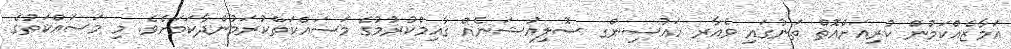
އަމާޒެއްކަމުން ކުރިއަށްއޮތް ތަނުގައި ވެއާރ ހައުސިންގ ސޮލިއުޝަނެއް ޤާއިމްކުރުމުގެ މަސައްކަތްކުރަމުންދާކަމަށެވެ. މި މަސައްކަތުގެ